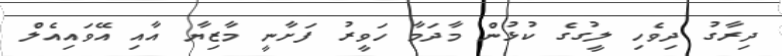
ދިރާގު ދިވެހި ލީގުގެ ކުޅުން މާދަމާ ހަވީރު ފަށާނީ މާޒިޔާ އާއި އޭވައިއެލް